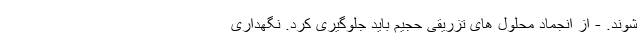
شوند. - از انجماد محلول های تزریقی حجیم باید جلوگیری کرد. نگهداری